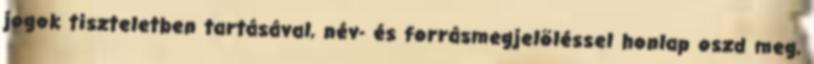
jogok tiszteletben tartásával, név- és forrásmegjelöléssel honlap oszd meg,